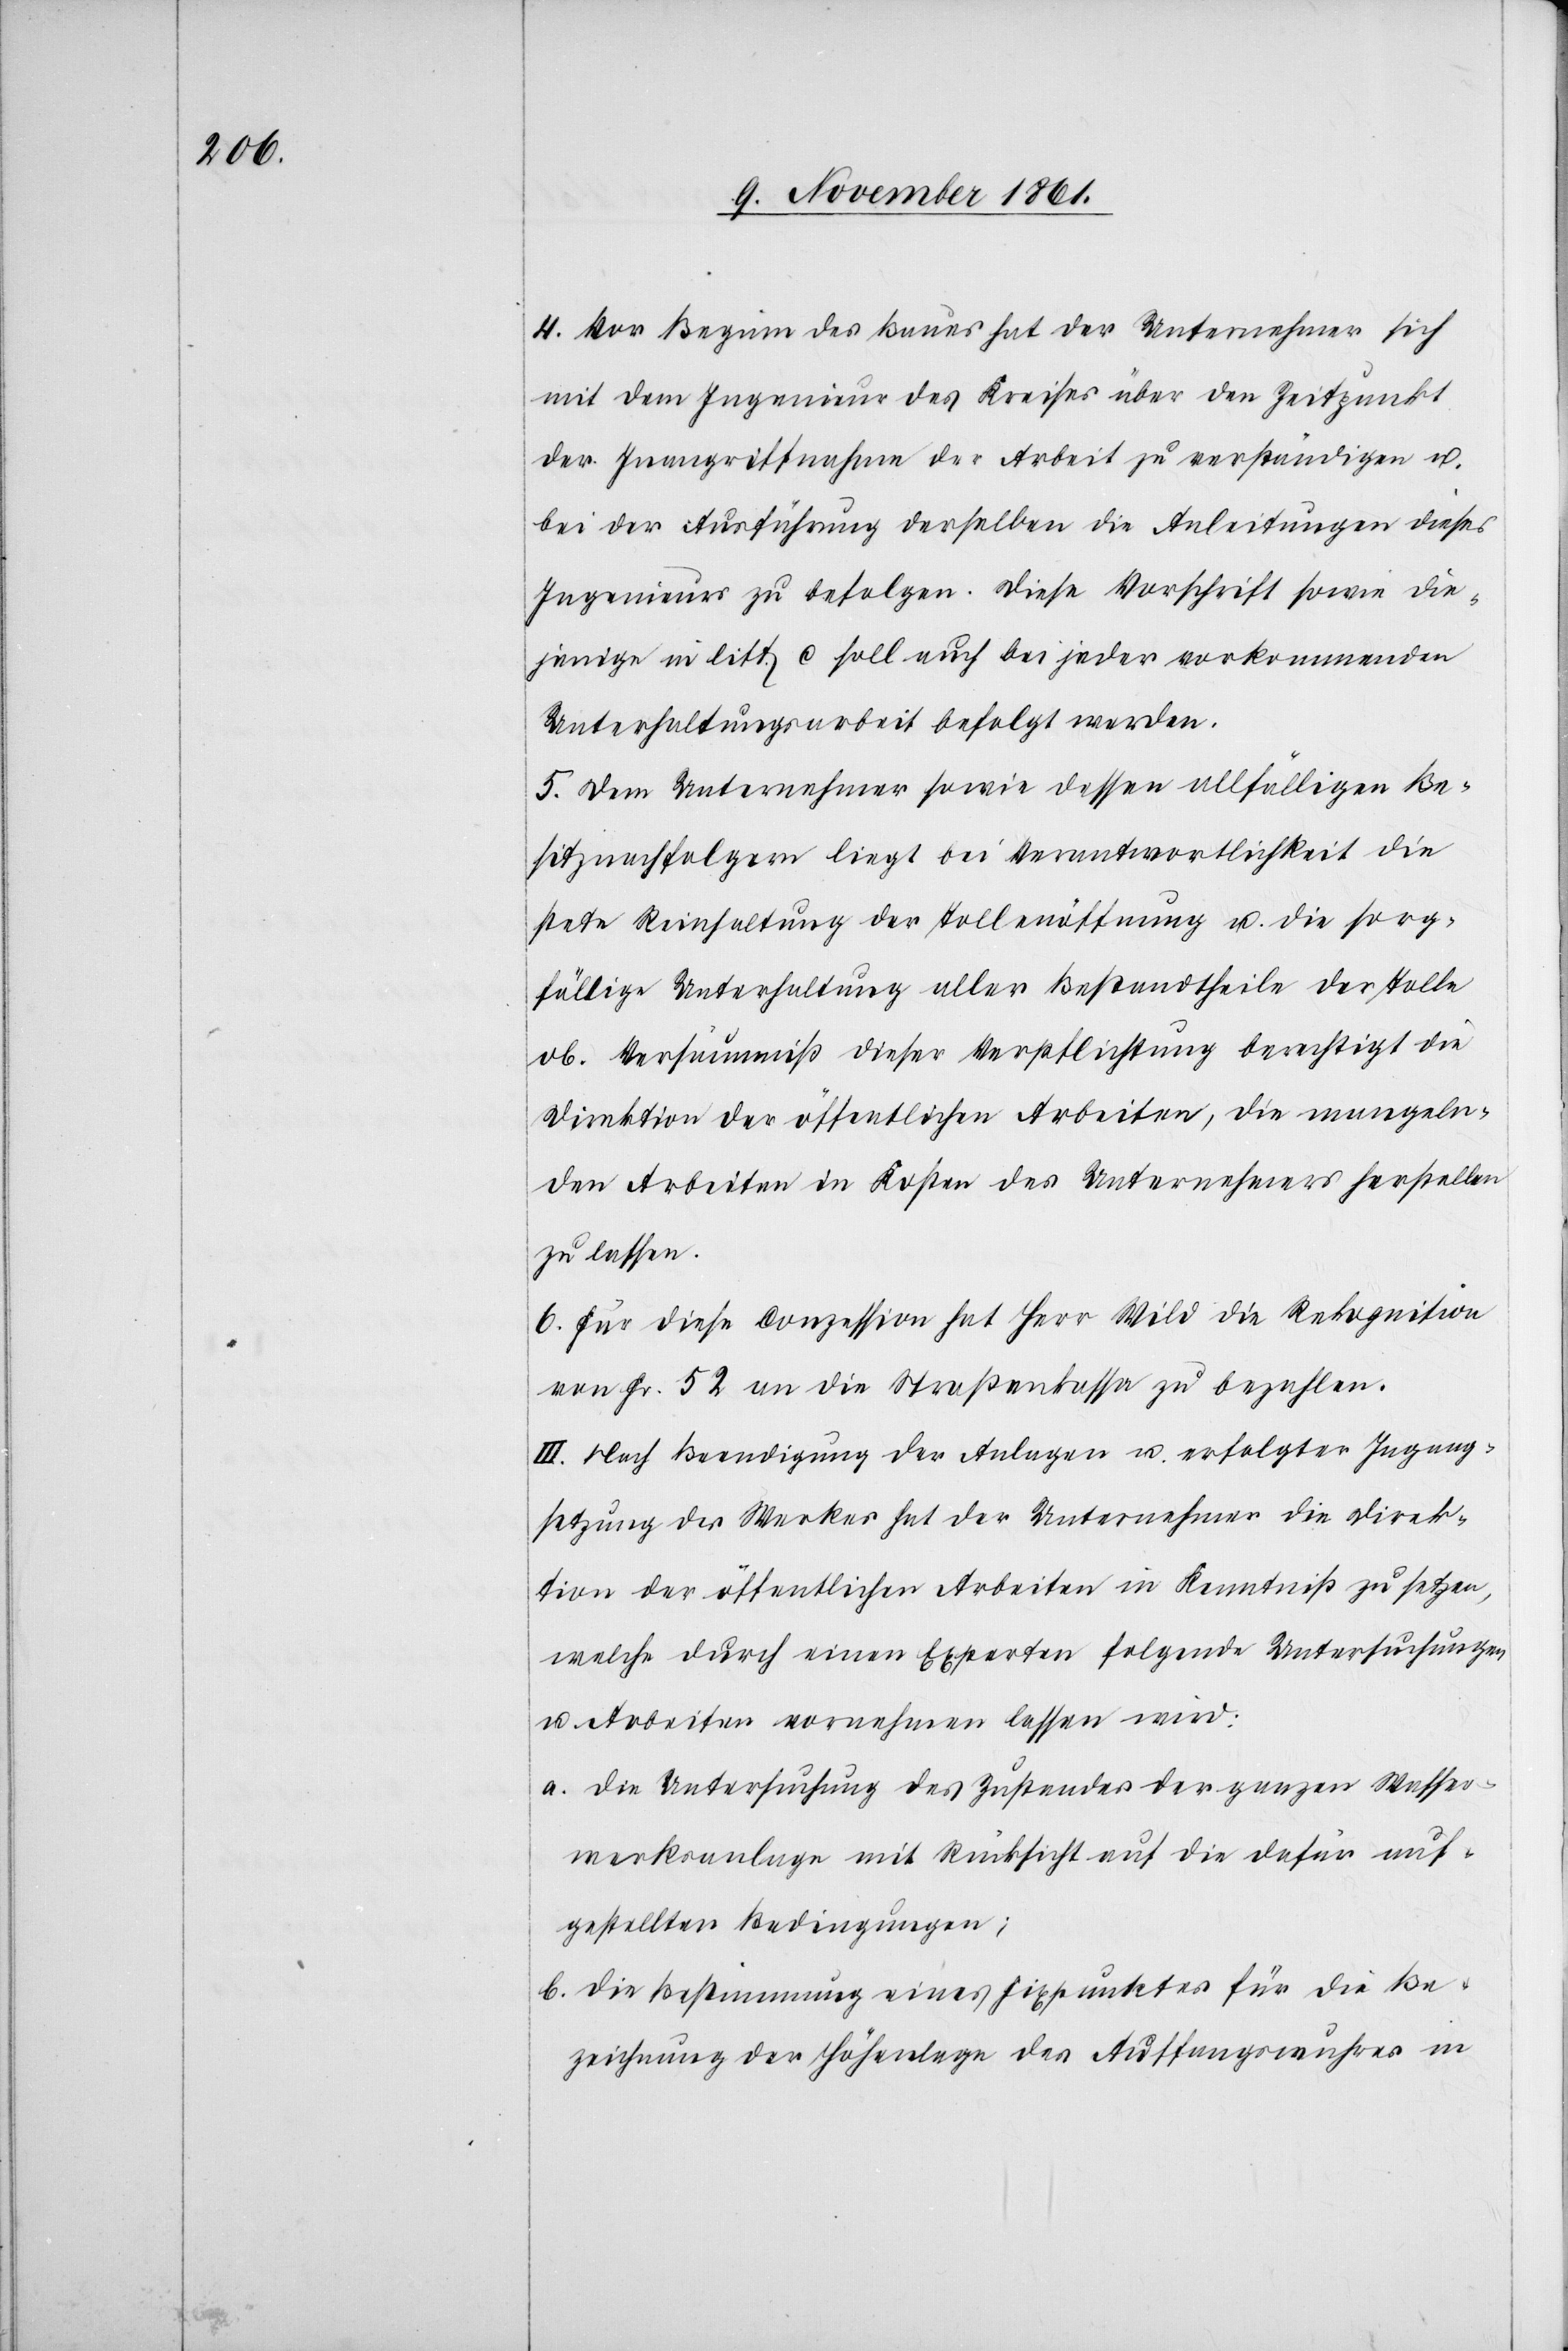
4. Vor Beginn des Baues hat der Unternehmer sich
mit dem Ingenieur des Kreises über den Zeitpunkt
der Inangriffnahme der Arbeit zu verständigen u.
bei der Ausführung derselben die Anleitungen dieses
Ingenieurs zu befolgen. Diese Vorschrift sowie die¬
jenige in litt. c soll auch bei jeder vorkommenden
Unterhaltungsarbeit befolgt werden.
5. Dem Unternehmer sowie dessen allfälligen Be¬
sitznachfolgern liegt bei Verantwortlichkeit die
stete Reinhaltung der Tollenöffnung u. die sorg¬
fältige Unterhaltung aller Bestandtheile der Tolle
ob. Versäumniß dieser Verpflichtung berechtigt die
Direktion der öffentlichen Arbeiten, die mangelha¬
ften Arbeiten in Kosten des Unternehmers herstellen
zu lassen.
6. Für diese Conzession hat Herr Wild die Rekognition
von Fr. 52 an die Straßenkassa zu bezahlen.
III. Nach Beendigung der Anlagen u. erfolgter Ingang¬
setzung des Werkes hat der Unternehmer die Direk¬
tion der öffentlichen Arbeiten in Kenntniß zu setzen,
welche durch einen Experten folgende Untersuchungen
u. Arbeiten vornehmen lassen wird:
a. Die Untersuchung des Zustandes der ganzen Wasser¬
werksanlage mit Rücksicht auf die dafür g¬
estellten Bedingungen;
b. Die Bestimmung eines Fixpunktes für die Be¬
zeichnung der Höhenlage des Auffangswuhres in